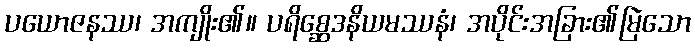
ပယောဇနဿ၊ အကျိုး၏။ ပရိစ္ဆေဒနိယမဿနံ၊ အပိုင်းအခြား၏မြဲသော